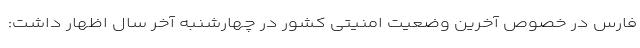
فارس در خصوص آخرین وضعیت امنیتی کشور در چهارشنبه آخر سال اظهار داشت: